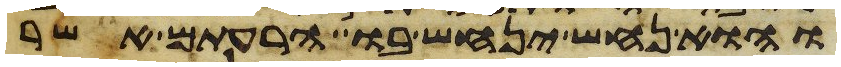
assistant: והוא נחש ינחש בו הרעתם אשר